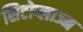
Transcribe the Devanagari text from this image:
सिटोप्लाज्म